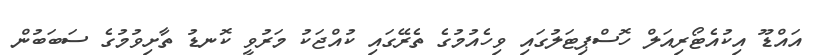
އައްޑޫ އިކުއެޓޯރިއަލް ހޮސްޕިޓަލުގައި ވިހެއުމުގެ ތެރޭގައި ކުއްޖަކު މަރުވީ ކޮނޑު ތާށިވުމުގެ ސަބަބުން